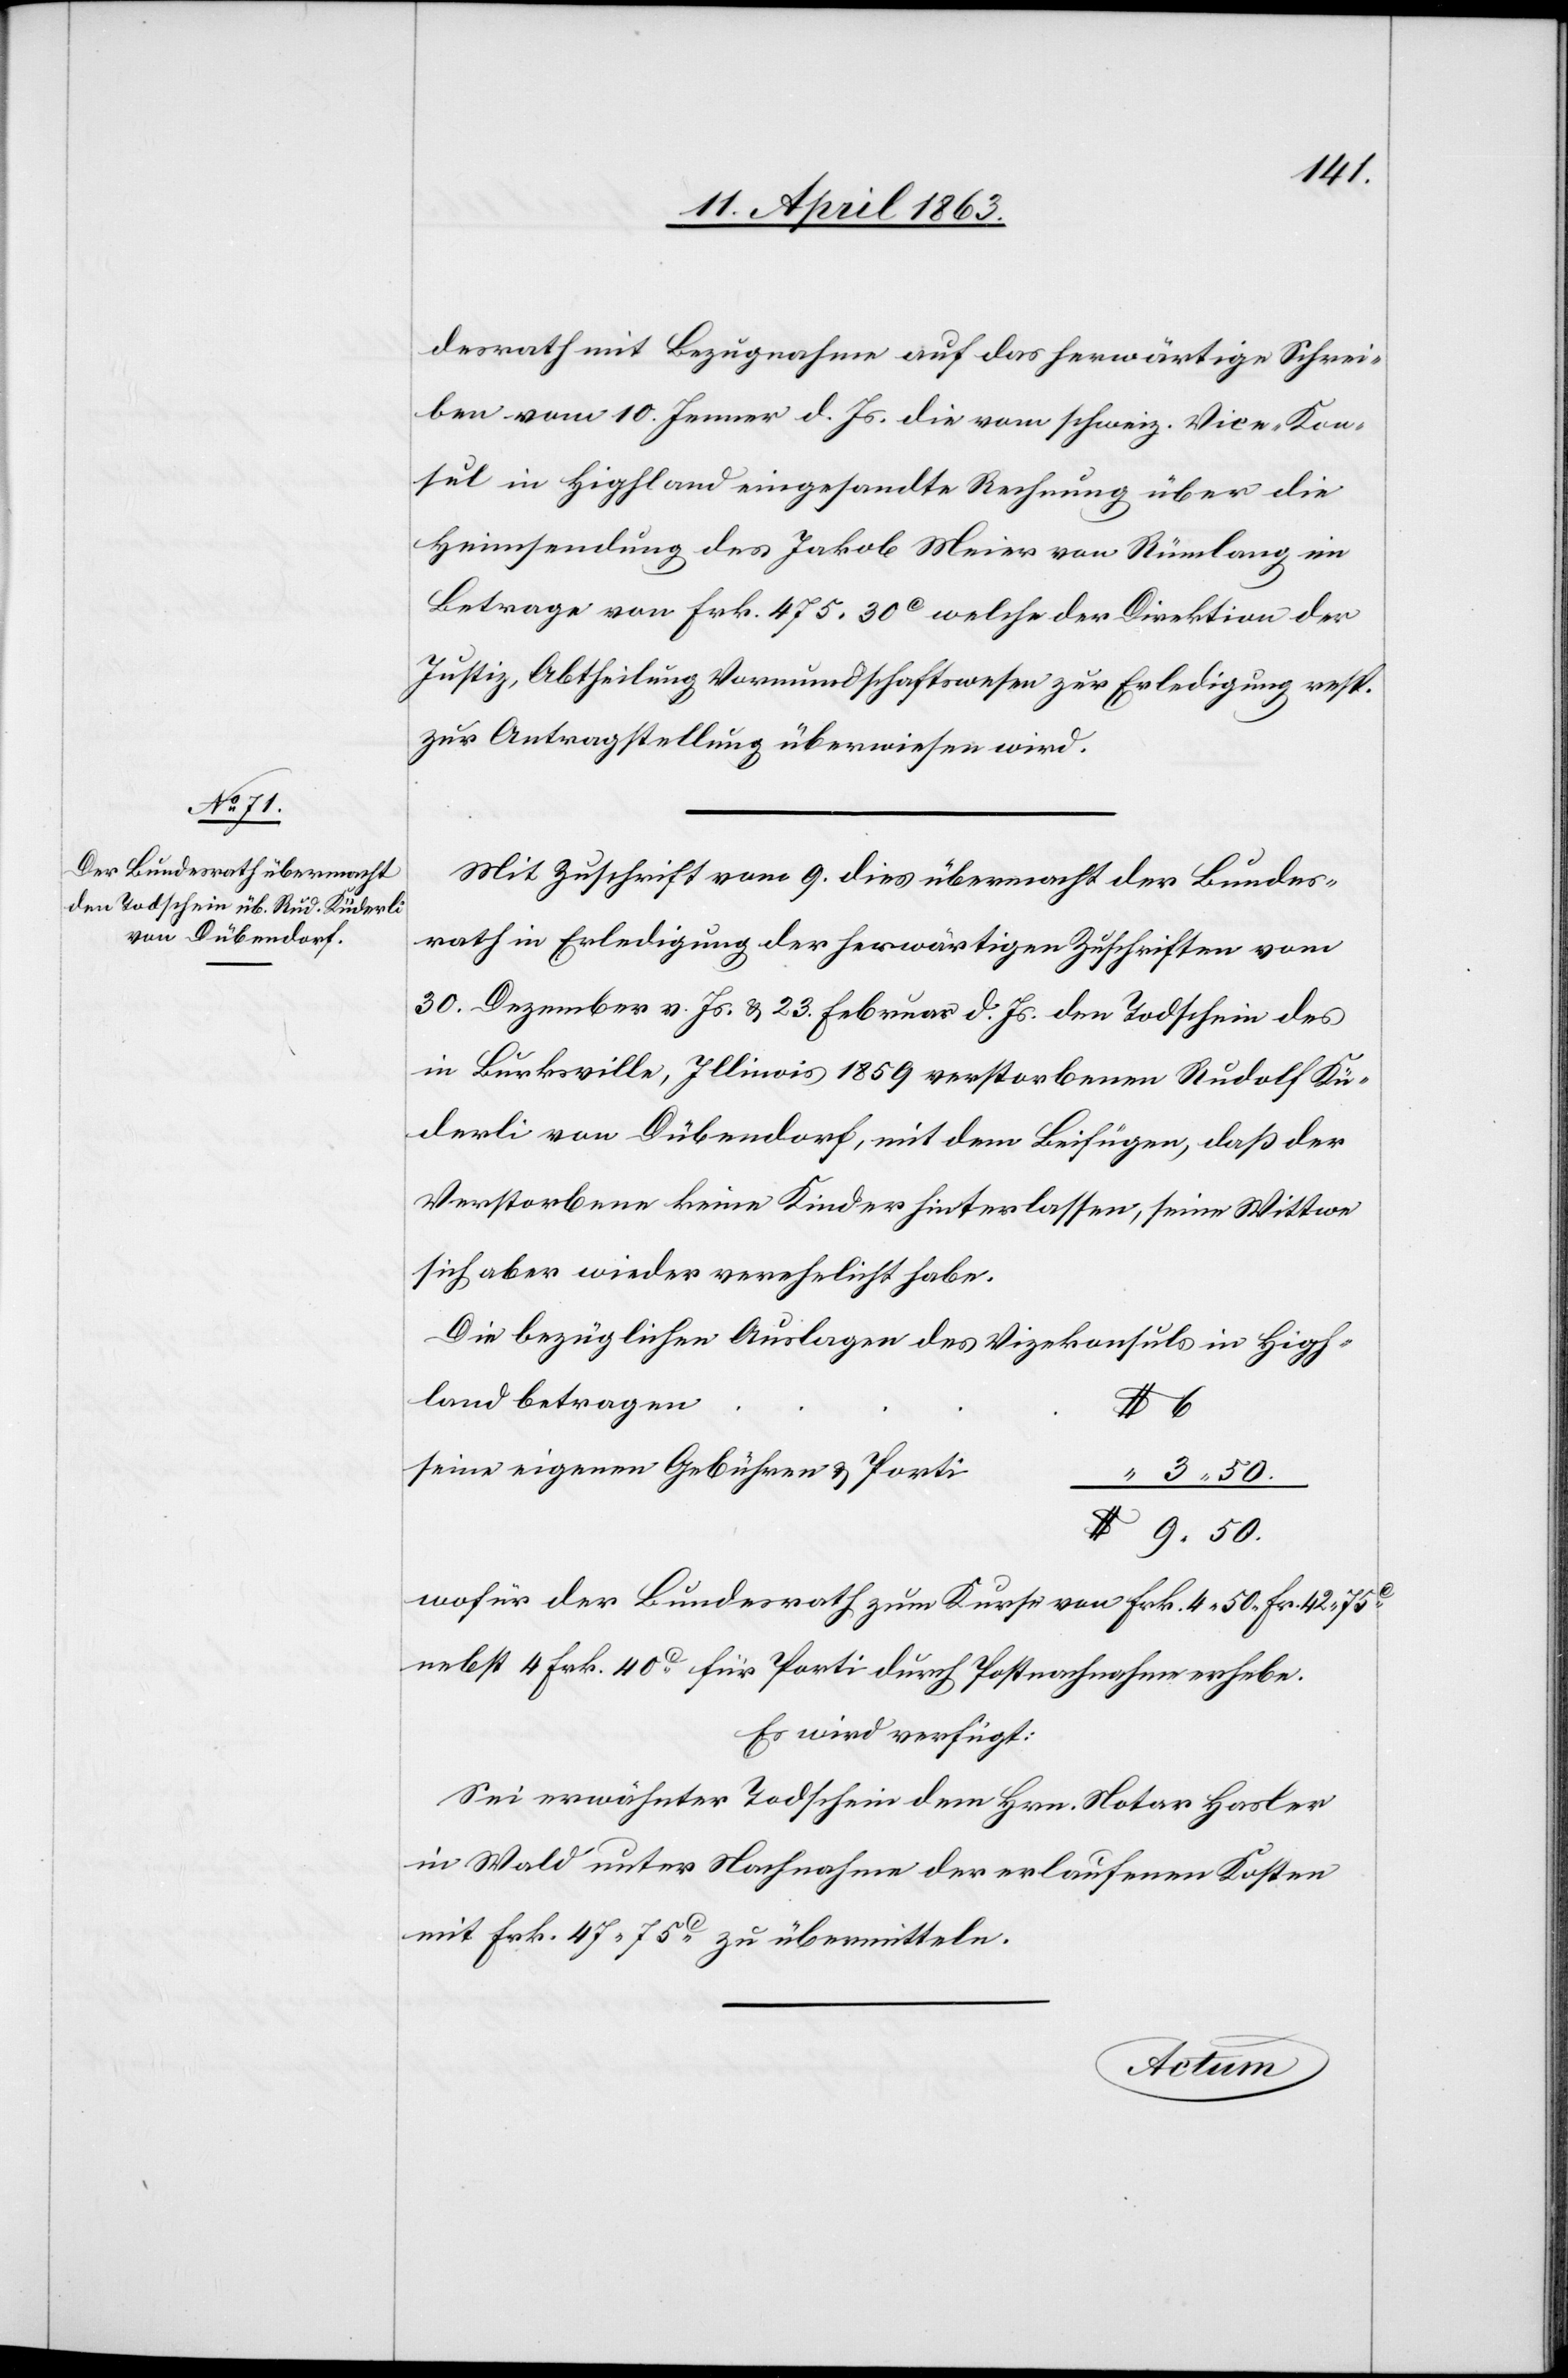
13. April 1863.]
desrath mit Bezugnahme auf das herwärtige Schrei¬
ben vom 10. Jenner d. Js. die vom schweiz. Vice-Kon¬
sul in Highland eingesandte Rechnung über die
Heimsendung des Jakob Meier von Rümlang im
Betrage von Frk. 475. 30c welche der Direktion der
Justiz, Abtheilung Vormundschaftswesen zur Erledigung resp.
zur Antragstellung überwiesen wird.
Mit Zuschrift vom 9. dies übermacht der Bundes¬
rath in Erledigung der herwärtigen Zuschriften vom
30. Dezember v. Js. & 23. Februar d. Js. den Todschein des
in Burksville, Illinois 1859 verstorbenen Rudolf Kü¬
derli von Dübendorf, mit dem Beifügen, daß der
Verstorbene keine Kinder hinterlassen, seine Wittwe
sich aber wieder verehelicht habe.
Die bezüglichen Auslagen des Vizekonsuls in High¬
land betragen
$ 6
seine eigenen Gebühren & Porti
“ 3. 50.
$ 9. 50.
wofür der Bundesrath zum Kurse von Frk. 4. 50. Fr. 42. 75c
nebst 4 Frk. 40c für Porti durch Postnachnahme erhebe.
Es wird verfügt:
Sei erwähnter Todschein dem Hrn. Notar Hasler
in Wald unter Nachnahme der erlaufenen Kosten
mit Frk. 47. 75c zu übermitteln.
Actum